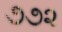
૭૭૨